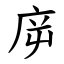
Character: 㡿